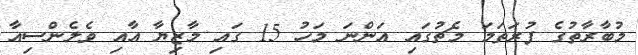
މުބާރާތުގެ ފުރަތަމަ މެޗުގައި އަންނަ މަހު 15 ގައި މާޒިޔާ އާއި ވެލެންސިއާ